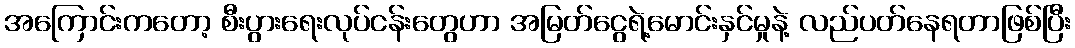
အကြောင်းကတော့ စီးပွားရေးလုပ်ငန်းတွေဟာ အမြတ်ငွေရဲ့မောင်းနှင်မှုနဲ့ လည်ပတ်နေရတာဖြစ်ပြီး